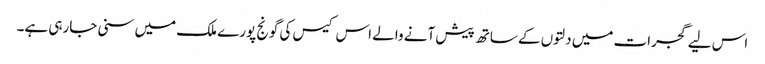
اس لیے گجرات میں دلتوں کے ساتھ پیش آنے والے اس کیس کی گونج پورے ملک میں سنی جارہی ہے۔